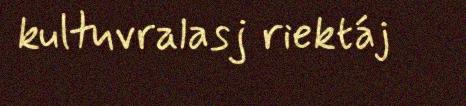
kultuvralasj riektáj